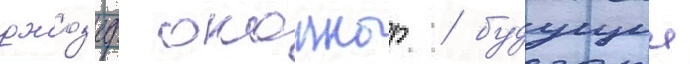
джоз'еф оконнор / будущии